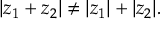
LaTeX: | z _ { 1 } + z _ { 2 } | \neq | z _ { 1 } | + | z _ { 2 } | .